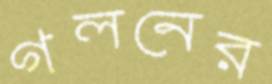
গলনের